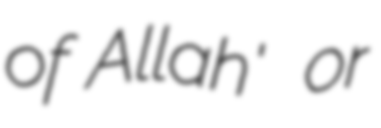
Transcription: of Allah'  or